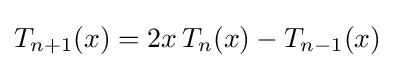
T_{n+1}(x)=2x\,T_{n}(x)-T_{n-1}(x)